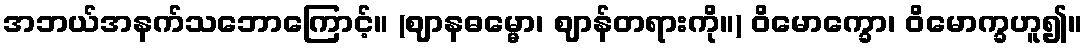
အဘယ်အနက်သဘောကြောင့်။ (ဈာနဓမ္မော၊ ဈာန်တရားကို။) ဝိမောက္ခော၊ ဝိမောက္ခဟူ၍။